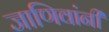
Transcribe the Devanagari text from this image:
जाणिवांनी